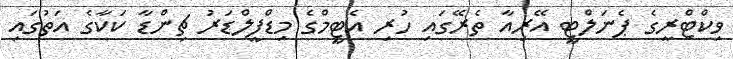
ވިކްޓްރީގެ ޕެނަލްޓީ އޭރިއާ ތެރޭގައި ހުރި އެޓީމްގެ މިޑްފީލްޑަރު ޗިންޑާ ކަކާގެ އަތުގައި